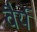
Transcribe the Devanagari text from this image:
वैर्य